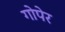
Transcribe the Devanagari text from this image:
गोपेर